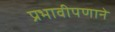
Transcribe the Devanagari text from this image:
प्रभावीपणाने